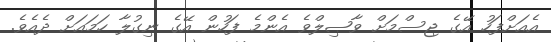
އެއަށްފަހު އޭގެ ޖިސްމަށް ވާޞިލްވެ އެންމެ ފަހުން އޭގެ ނިގުލާ ހަމައަށް ދެއެވެ.